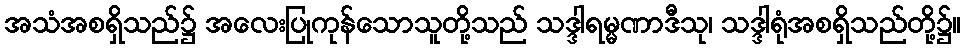
အသံအစရှိသည်၌ အလေးပြုကုန်သောသူတို့သည် သဒ္ဒါရမ္မဏာဒီသု၊ သဒ္ဒါရုံအစရှိသည်တို့၌။